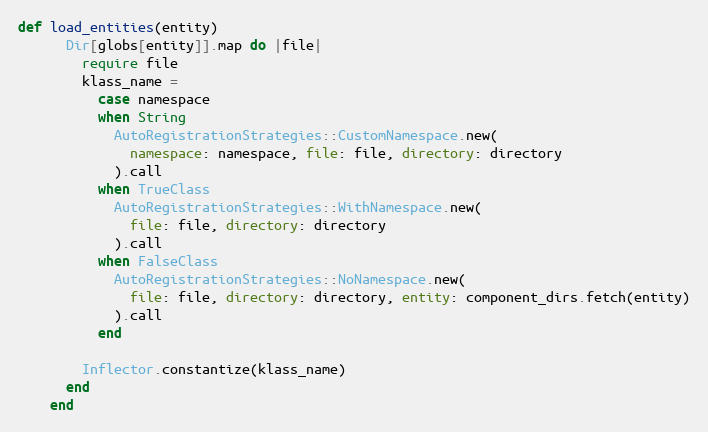
Language: Ruby
def load_entities(entity)
      Dir[globs[entity]].map do |file|
        require file
        klass_name =
          case namespace
          when String
            AutoRegistrationStrategies::CustomNamespace.new(
              namespace: namespace, file: file, directory: directory
            ).call
          when TrueClass
            AutoRegistrationStrategies::WithNamespace.new(
              file: file, directory: directory
            ).call
          when FalseClass
            AutoRegistrationStrategies::NoNamespace.new(
              file: file, directory: directory, entity: component_dirs.fetch(entity)
            ).call
          end

        Inflector.constantize(klass_name)
      end
    end